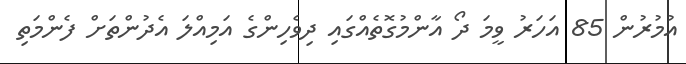
އުމުރުން 85 އަހަރު ވީމަ ދޯ އާންމުގޮތެއްގައި ދިވެހިންގެ އަމިއްލަ އެދުންތަށް ފެންމަތި